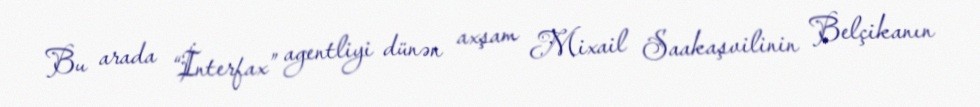
Bu arada “İnterfax” agentliyi dünən axşam Mixail Saakaşvilinin Belçikanın